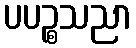
ပပဉ္စသညာ